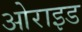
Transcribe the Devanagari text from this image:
ओराइड